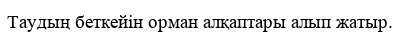
Таудың беткейін орман алқаптары алып жатыр.